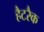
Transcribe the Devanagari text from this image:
हैटरैक